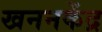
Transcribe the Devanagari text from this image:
खननकेंद्र